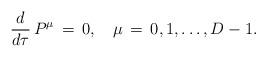
LaTeX: \begin{align*}\frac{d}{d \tau}\,P^\mu \,=\,0, \quad \mu \,=\,0,1,\ldots , D-1.\end{align*}